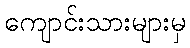
ကျောင်းသားများမှ